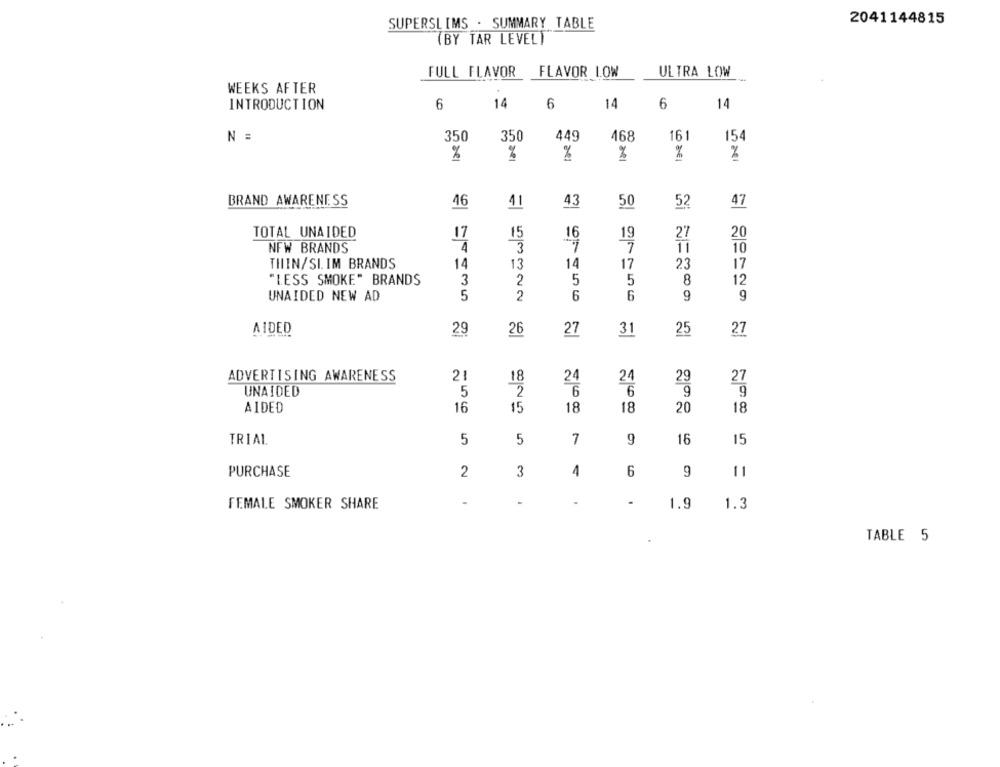
2041144815
SUPERSLIMS . SUMMARY TABLE
(BY TAR LEVEL)
FULL FLAVOR FLAVOR LOW
ULTRA LOW
WEEKS AFTER
INTRODUCTION
6
14
6
14
6
14
N =
350
350
449
468
161
154
%
%
%
%
BRAND AWARENESS
46
41
43
50
52
47
TOTAL UNAIDED
17
15
27
20
NFW BRANDS
3
10
THIN/SI. IM BRANDS
14
13
14
17
23
17
"LESS SMOKE" BRANDS
3
2
5
5
8
12
UNAIDED NEW AD
5
2
6
6
9
9
AIDED
29
26
27
31
25
27
ADVERTISING AWARENESS
21
24
24
29
27
18
2
6
9
UNAIDED
5
6
9
$5
AIDED
16
18
18
20
18
TRIAL
5
5
7
9
16
15
PURCHASE
2
3
1
6
9
11
FEMALE SMOKER SHARE
-
-
.
1.9
1.3
TABLE 5